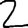
Digit: 2